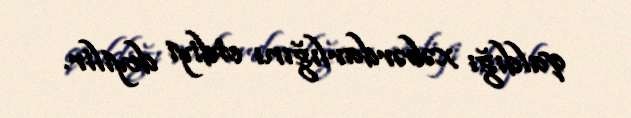
qaldığı xəbərdarlığını etdiyi deyilir.